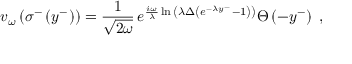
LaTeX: v _ { \omega } \left( \sigma ^ { - } \left( y ^ { - } \right) \right) = { \frac { 1 } { \sqrt { 2 \omega } } } \, e ^ { { \frac { i \omega } { \lambda } } \ln { \left( \lambda \Delta \left( e ^ { - \lambda y ^ { - } } - 1 \right) \right) } } \Theta \left( - y ^ { - } \right) \; ,